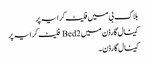
بلاک بی میں فلیٹ کرایہ پر
کینال گارڈن میں 2 Bed فلیٹ کرایہ پر
کینال گارڈن ۔